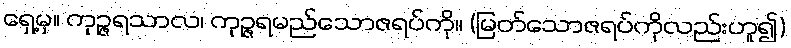
ရှေ့မှ။ ကုဉ္ဇရသာလ၊ ကုဉ္ဇရမည်သောဇရပ်ကို။ (မြတ်သောဇရပ်ကိုလည်းဟူ၍)